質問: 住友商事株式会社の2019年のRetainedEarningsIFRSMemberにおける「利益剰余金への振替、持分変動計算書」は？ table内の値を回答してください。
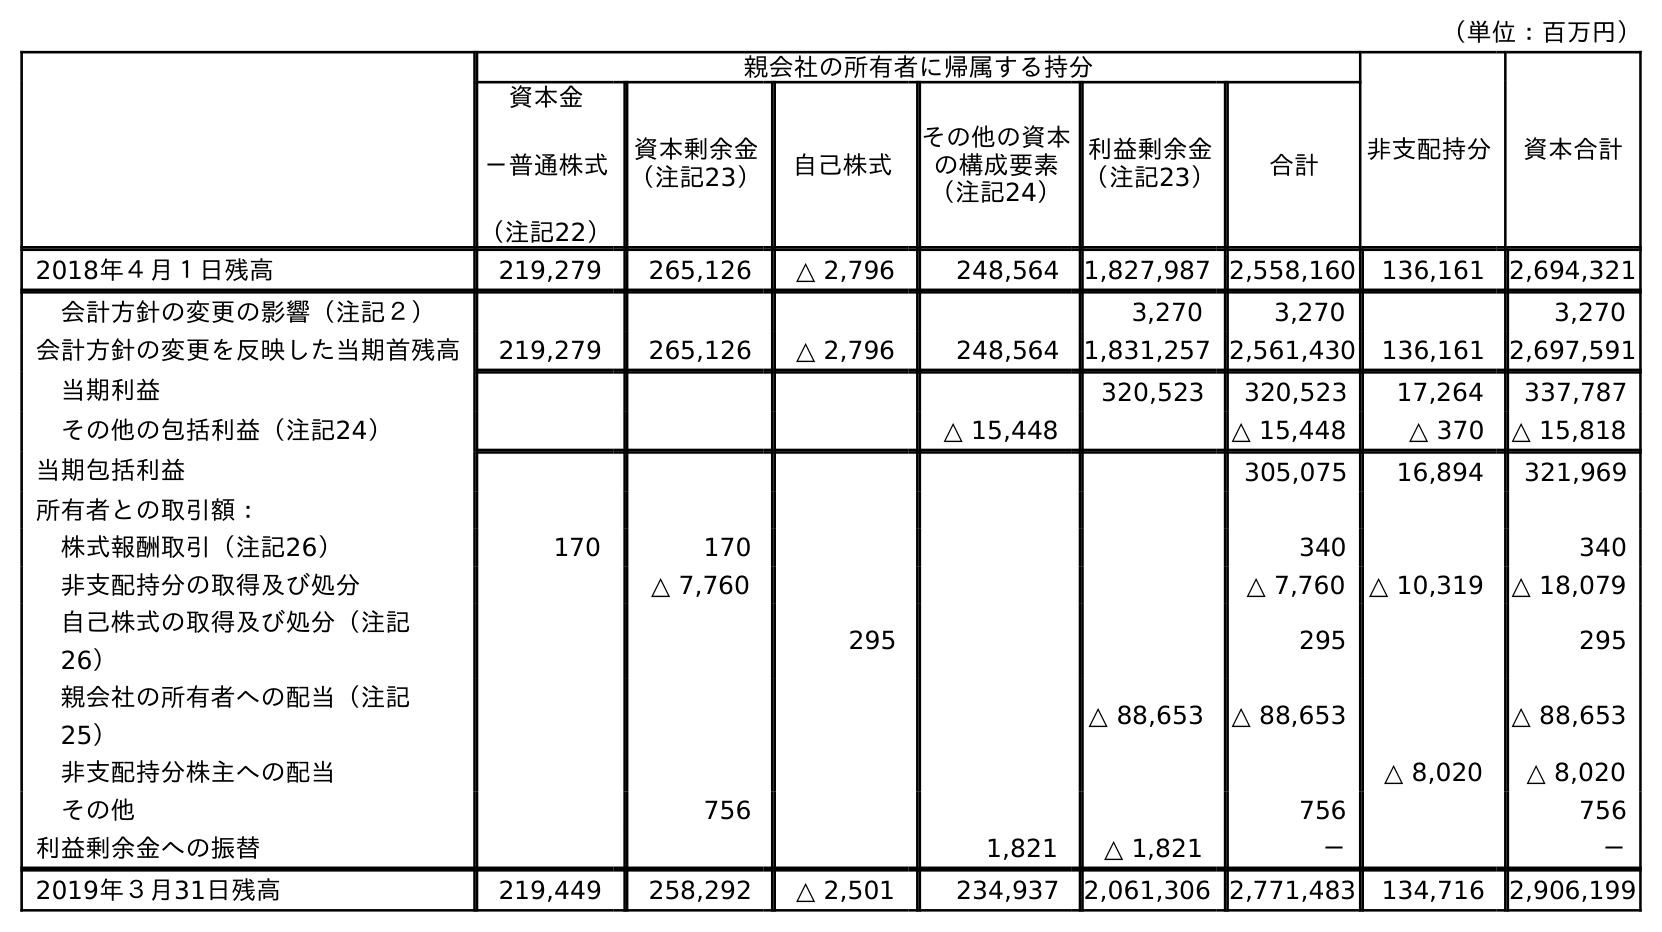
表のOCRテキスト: （単位：百万円） 親会社の所有者に帰属する持分 非支配持分 資本合計 資本金 －普通株式 （注記22） 資本剰余金 （注記23） 自己株式 その他の資本 の構成要素 （注記24） 利益剰余金 （注記23） 合計 2018年４月１日残高 219,279 265,126 △ 2,796 248,564 1,827,987 2,558,160 136,161 2,694,321 会計方針の変更の影響（注記２） 3,270 3,270 3,270 会計方針の変更を反映した当期首残高 219,279 265,126 △ 2,796 248,564 1,831,257 2,561,430 136,161 2,697,591 当期利益 320,523 320,523 17,264 337,787 その他の包括利益（注記24） △ 15,448 △ 15,448 △ 370 △ 15,818 当期包括利益 305,075 16,894 321,969 所有者との取引額： 株式報酬取引（注記26） 170 170 340 340 非支配持分の取得及び処分 △ 7,760 △ 7,760 △ 10,319 △ 18,079 自己株式の取得及び処分（注記 26） 295 295 295 親会社の所有者への配当（注記 25） △ 88,653 △ 88,653 △ 88,653 非支配持分株主への配当 △ 8,020 △ 8,020 その他 756 756 756 利益剰余金への振替 1,821 △ 1,821 － － 2019年３月31日残高 219,449 258,292 △ 2,501 234,937 2,061,306 2,771,483 134,716 2,906,199
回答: △1,821